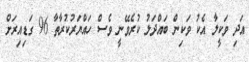
އަދި ވަކީލާ އެކު ވަކިން ބައްދަލު ކުރެވޭނީ ވެސް ހައްޔަރުކުރާތާ 96 ގަޑިއިރަށް